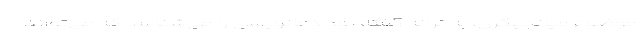
موضوع میانجیگری، به ترانه گفته بود دعانویسی را می‌شناسد که می‌تواند